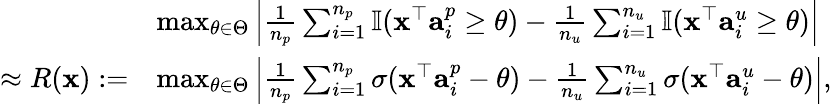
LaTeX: \begin{array}{rl}&{\operatorname*{max}_{\theta\in\Theta}\Big|\frac{1}{n_{p}}\sum_{i=1}^{n_{p}}\mathbb{I}({\mathbf x}^{\top}{\mathbf a}_{i}^{p}\geq\theta)-\frac{1}{n_{u}}\sum_{i=1}^{n_{u}}\mathbb{I}({\mathbf x}^{\top}{\mathbf a}_{i}^{u}\geq\theta)\Big|}\\ {\approx R({\mathbf x}):=}&{\operatorname*{max}_{\theta\in\Theta}\Big|\frac{1}{n_{p}}\sum_{i=1}^{n_{p}}\sigma({\mathbf x}^{\top}{\mathbf a}_{i}^{p}-\theta)-\frac{1}{n_{u}}\sum_{i=1}^{n_{u}}\sigma({\mathbf x}^{\top}{\mathbf a}_{i}^{u}-\theta)\Big|,}\end{array}